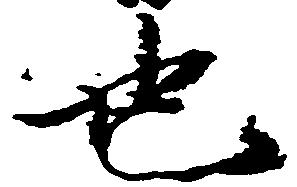
也